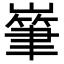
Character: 𡼸